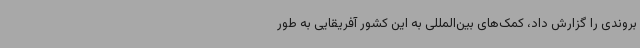
بروندی را گزارش داد، کمک‌های بین‌المللی به این کشور آفریقایی به طور